Report of the Imperial Institute of Veterinary Research, Muktesar
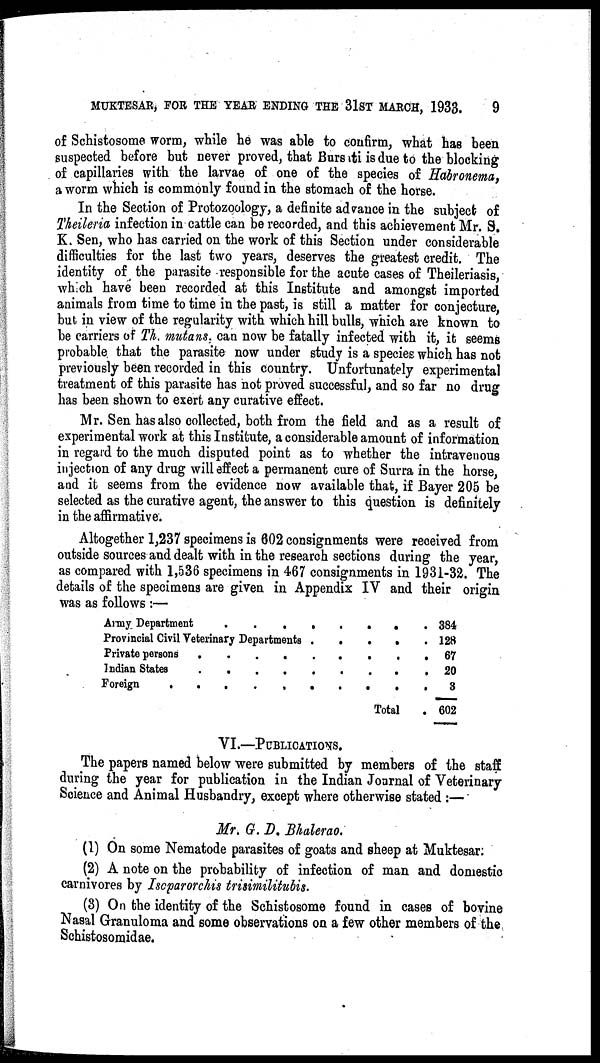
MUKTESAR, FOR THE YEAR ENDING THE 31ST MARCH, 1933.
9
of Schistosome worm, while he was able to confirm, what has been
suspected before but never proved, that Burs ti is due to the blocking
of capillaries with the larvae of one of the species of Habronema,
a worm which is commonly found in the stomach of the horse.
In the Section of Protozoology, a definite advance in the subject of
Theileria infection in cattle can be recorded, and this achievement Mr. S.
K. Sen, who has carried on the work of this Section under considerable
difficulties for the last two years, deserves the greatest credit. The
identity of the parasite responsible for the acute cases of Theileriasis,
which have been recorded at this Institute and amongst imported
animals from time to time in the past, is still a matter for conjecture,
but in view of the regularity with which hill bulls, which are known to
be carriers of Th. mutans, can now be fatally infected with it, it seems
probable that the parasite now under study is a species which has not
previously been recorded in this country. Unfortunately experimental
treatment of this parasite has not proved successful, and so far no drug
has been shown to exert any curative effect.
Mr. Sen has also collected, both from the field and as a result of
experimental work at this Institute, a considerable amount of information
in regard to the much disputed point as to whether the intravenous
injection of any drug will effect a permanent cure of Surra in the horse,
and it seems from the evidence now available that, if Bayer 205 be
selected as the curative agent, the answer to this question is definitely
in the affirmative.
Altogether 1,237 specimens is 602 consignments were received from
outside sources and dealt with in the research sections during the year,
as compared with 1,536 specimens in 467 consignments in 1931-32. The
details of the specimens are given in Appendix IV and their origin
was as follows :—
Army Department .
. .
.
Provincial Civil Veterinary
Departments
Private persons
Indian States
Foreign
.
.
.
.
.
.
.
.
.
.
.
.
.
.
.
.
.
.
.
.
.
.
.
.
.
.
.
Total
.
.
.
.
.
.
.
.
.
.
.
384
128
67
20
3
602
VI.—PUBLICATIONS.
The papers named below were submitted by members of the staff
during the year for publication in the Indian Journal of Veterinary
Science and Animal Husbandry, except where otherwise stated :—
Mr. G. D. Bhalerao.
(1) On some Nematode parasites of goats and sheep at Muktesar:
(2) A note on the probability of infection of man and domestic
carnivores by Isoparorchis trisimilitubis.
(3) On the identity of the Schistosome found in cases of bovine
Nasal Granuloma and some observations on a few other members of the
Schistosomidae.